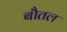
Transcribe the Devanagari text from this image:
बौतल